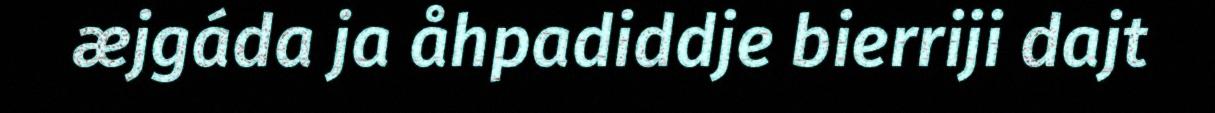
æjgáda ja åhpadiddje bierriji dajt